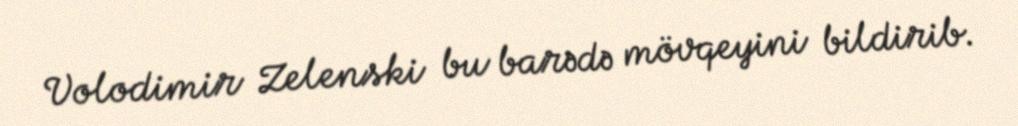
Volodimir Zelenski bu barədə mövqeyini bildirib.